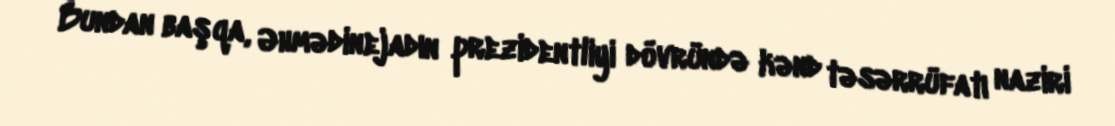
Bundan başqa, Əhmədinejadın prezidentliyi dövründə kənd təsərrüfatı naziri